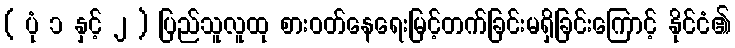
( ပုံ ၁ နှင့် ၂ ) ပြည်သူလူထု စားဝတ်နေရေးမြင့်တက်ခြင်းမရှိခြင်းကြောင့် နိုင်ငံ၏